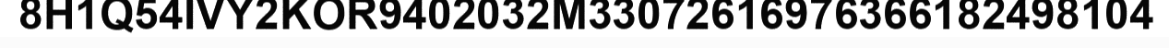
8H1Q54IVY2KOR9402032M33072616976366182498104